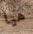
هيا